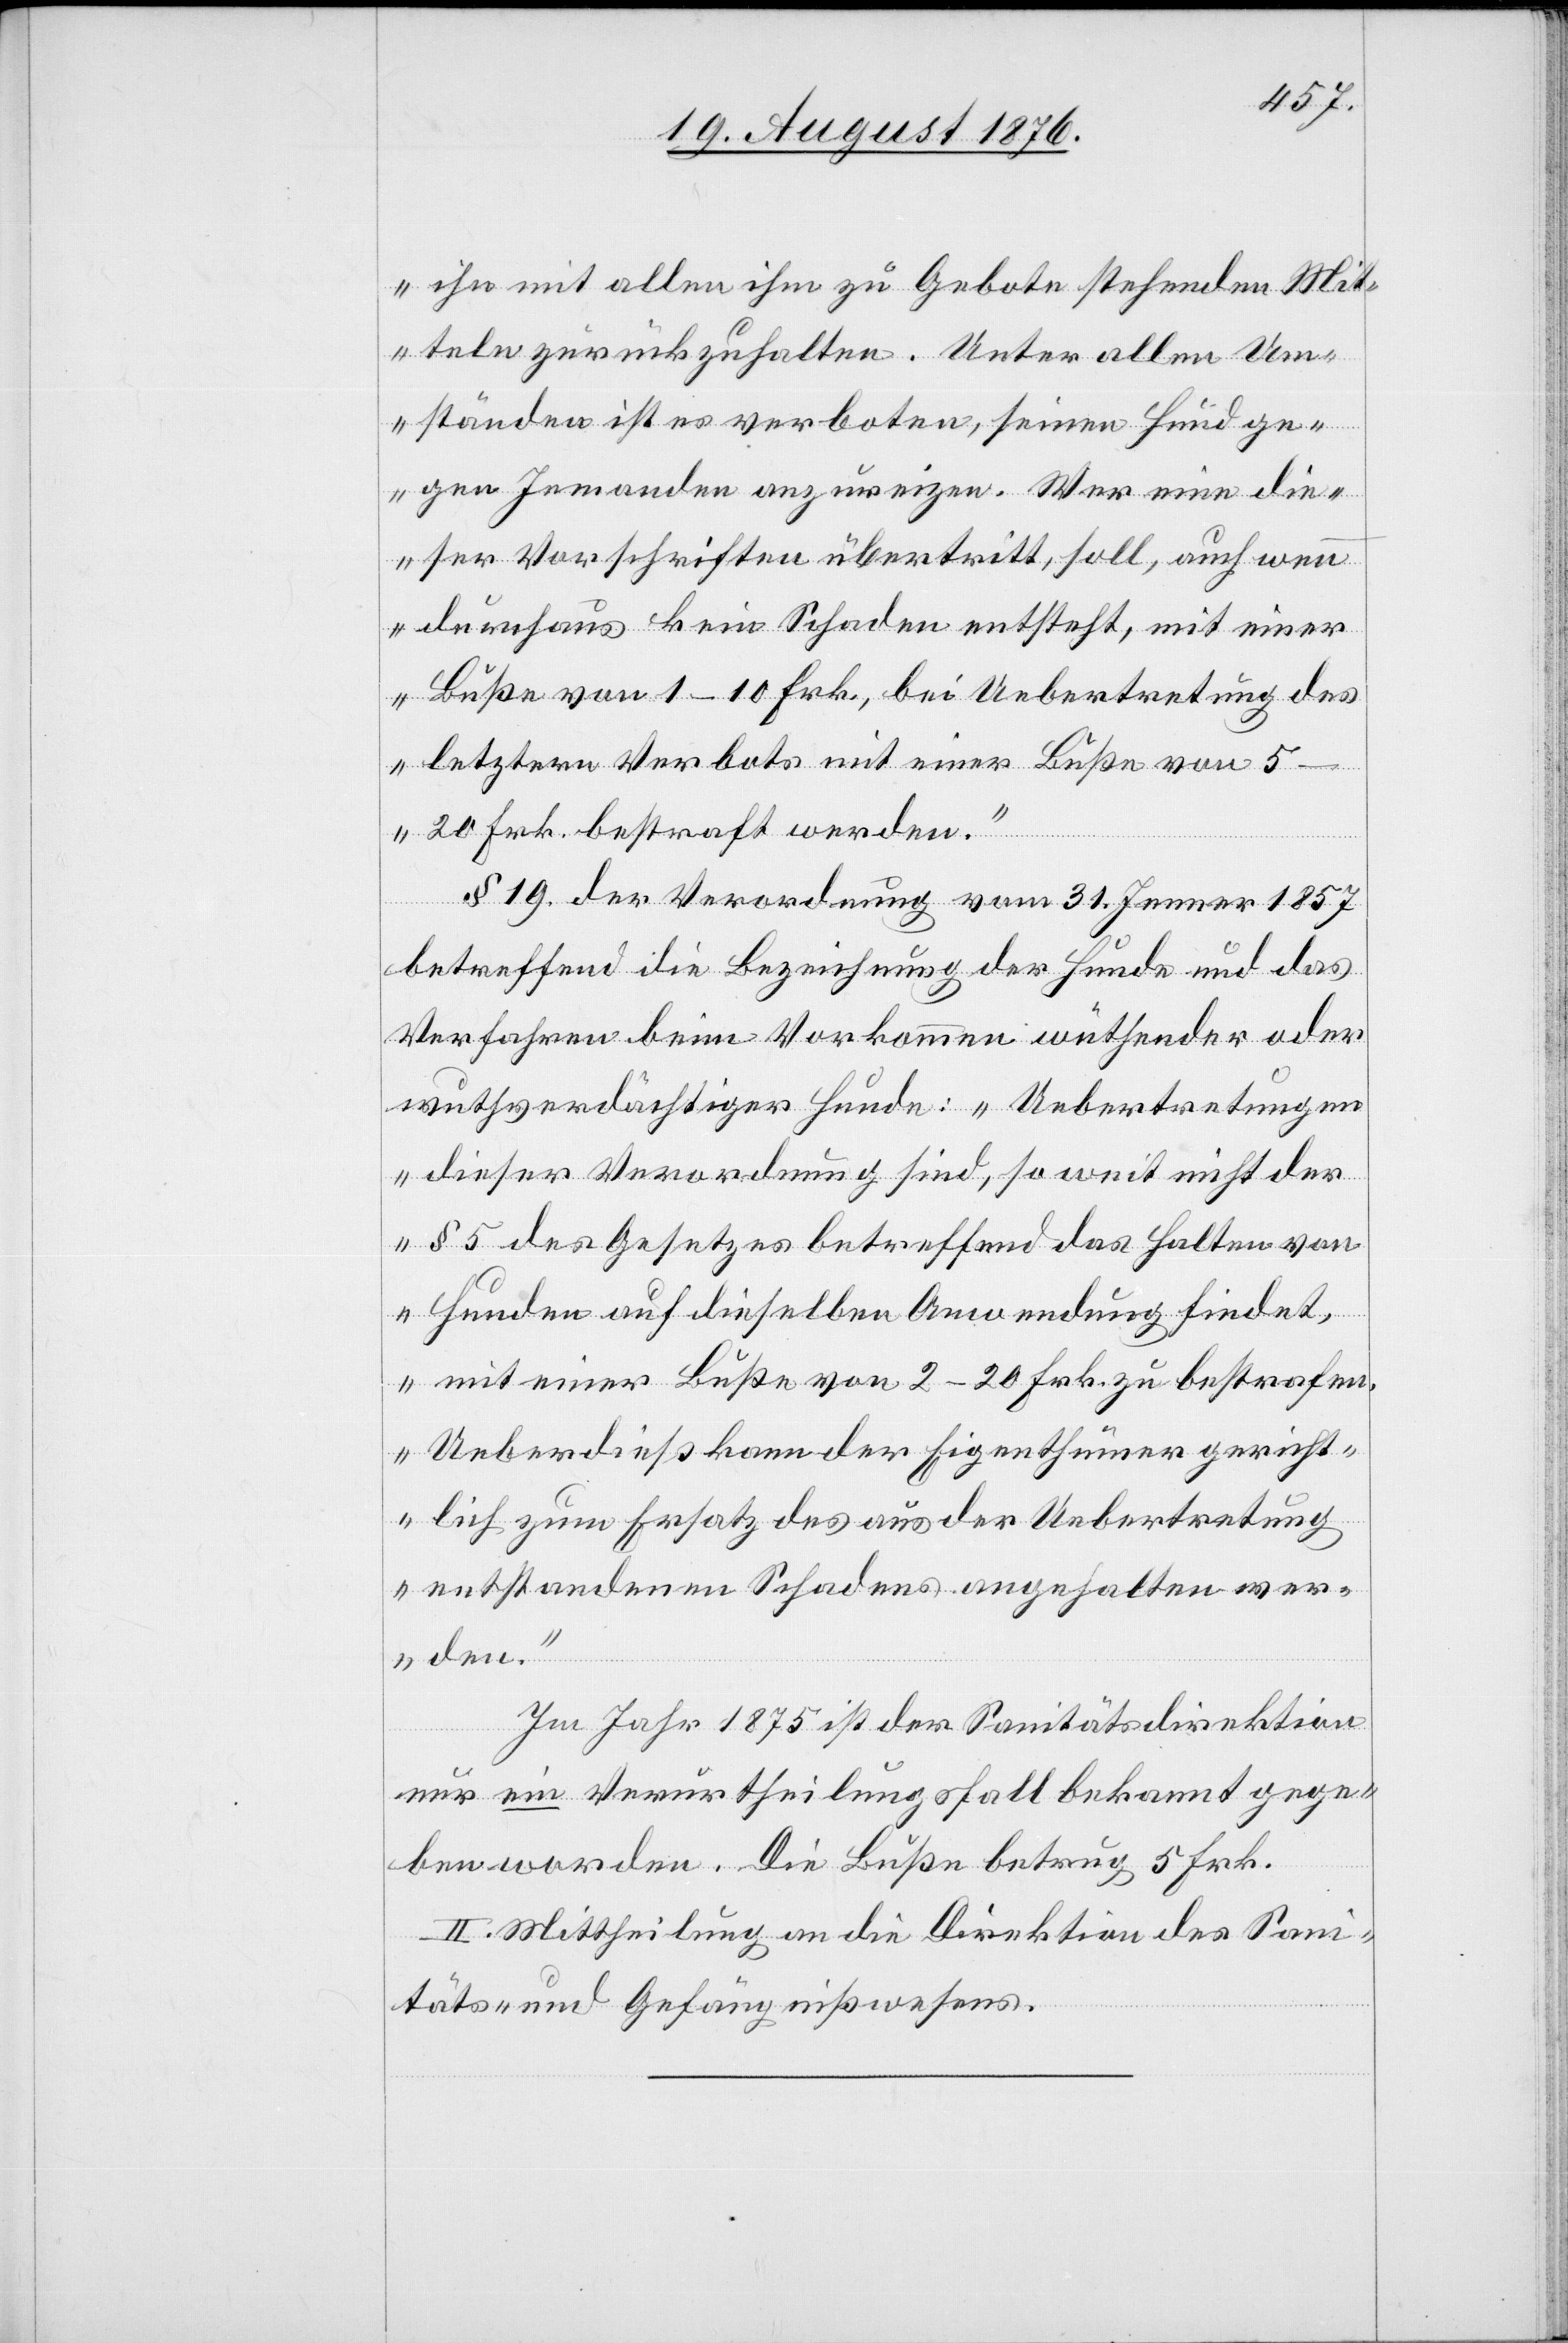
ihn mit allen ihm zu Gebote stehenden Mit¬
teln zurückzuhalten. Unter allen Um¬
ständen ist es verboten, seinen Hund ge¬
gen Jemanden anzureizen. Wer eine die¬
ser Vorschriften übertritt, soll, auch wenn
durchaus kein Schaden entsteht, mit einer
Buße von 1–10 Frk., bei Uebertretung des
5–20 Frk. bestraft werden.“
§ 19. der Verordnung vom 31. Jenner 1857
betreffend die Bezeichnung der Hunde und des
Verfahren beim Vorkommen wüthender oder
wuthverdächtiger Hunde: „Uebertretungen
dieser Verordnung sind, so weit nicht der
§ 5 des Gesetzes betreffend das Halten von
Hunden auf dieselben Anwendung findet,
mit einer Buße von 2–20 Frk. zu bestrafen.
Ueberdieß kann der Eigenthümer gericht¬
lich zum Ersatz des aus der Uebertretung
entstandenen Schadens angehalten wer¬
den.“
Im Jahr 1875 ist der Sanitätsdirektion
nur ein Verurtheilungsfall bekannt gege¬
ben worden. Die Buße betrug 5 Frk.
Mittheilung an die Direktion des Sani¬
täts- und Gefängnißwesens.